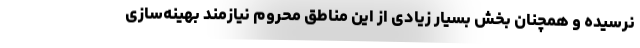
نرسیده و همچنان بخش بسیار زیادی از این مناطق محروم نیازمند بهینه‌سازی